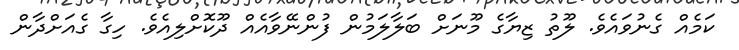
ކަމެއް ގެނުވައެވެ. ލޫތު ޒިޔާގެ މޫނަށް ބަލާލަމުން ފުންނޭވާއެއް ދޫކޮށްލިއެވެ. ހިގާ ގެއަށްދާން